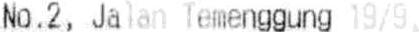
NO.2, JALAN TEMENGGUNG 19/9,